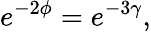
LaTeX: e^{-2\phi}=e^{-3\gamma},